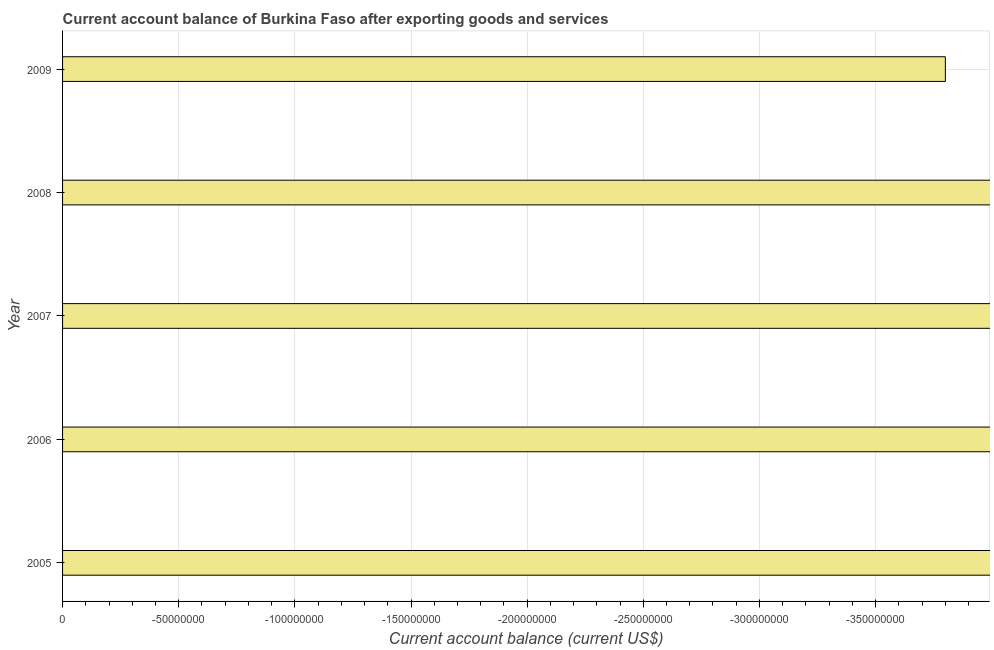
| Year | Current account balance |
 | --- | --- |
 | 2005 | -6.34e+08 |
 | 2006 | -5.43e+08 |
 | 2007 | -5.6e+08 |
 | 2008 | -9.63e+08 |
 | 2009 | -3.8e+08 |